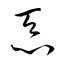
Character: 忝